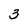
Character: 3